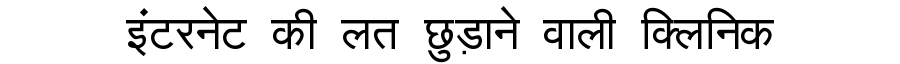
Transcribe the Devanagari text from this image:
इंटरनेट की लत छुड़ाने वाली क्लिनिक